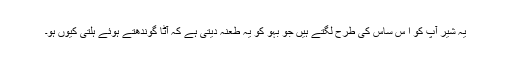
یہ شیر آپ کو ا س ساس کی طرح لگتے ہیں جو بہو کو یہ طعنہ دیتی ہے کہ آٹا گوندھتے ہوئے ہلتی کیوں ہو۔